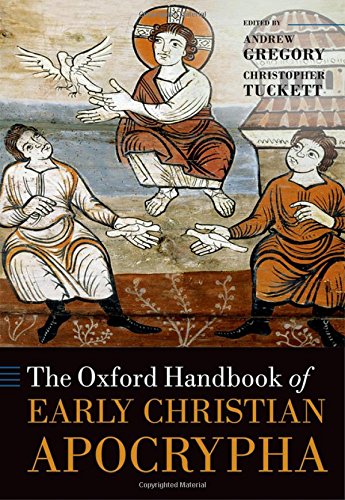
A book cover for The Oxford Handbook of Early Christian Apocrypha (Oxford Handbooks in Religion and Theology); Tobias Nicklas; Christian Books & Bibles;